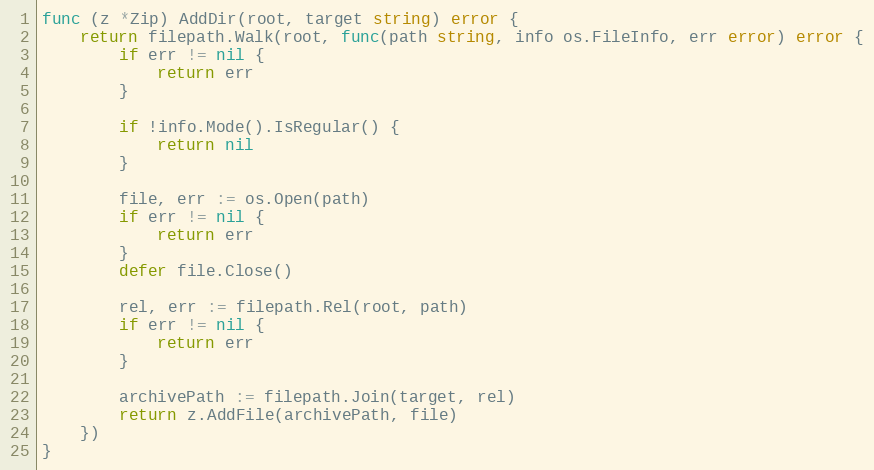
Language: Go
func (z *Zip) AddDir(root, target string) error {
	return filepath.Walk(root, func(path string, info os.FileInfo, err error) error {
		if err != nil {
			return err
		}

		if !info.Mode().IsRegular() {
			return nil
		}

		file, err := os.Open(path)
		if err != nil {
			return err
		}
		defer file.Close()

		rel, err := filepath.Rel(root, path)
		if err != nil {
			return err
		}

		archivePath := filepath.Join(target, rel)
		return z.AddFile(archivePath, file)
	})
}